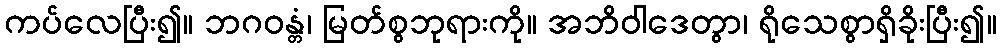
ကပ်လေပြီး၍။ ဘဂဝန္တံ၊ မြတ်စွဘုရားကို။ အဘိဝါဒေတွာ၊ ရိုသေစွာရှိခိုးပြီး၍။